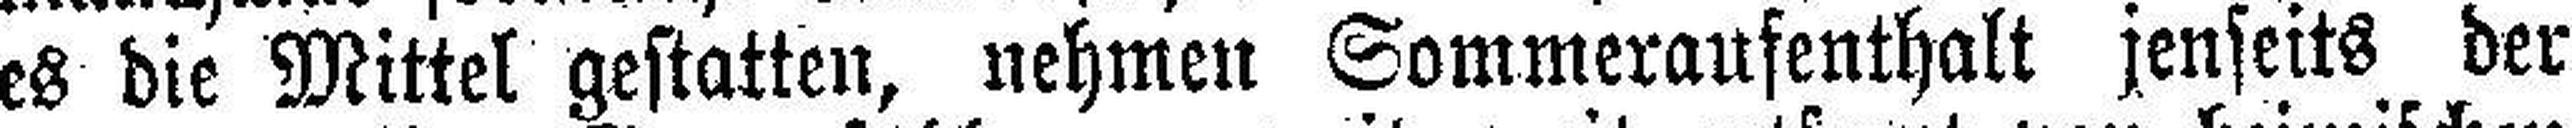
es die Mittel gestatten, nehmen Sommeraufenthalt jenseits der